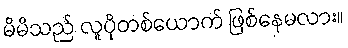
မိမိသည် လူပိုတစ်ယောက် ဖြစ်နေမလား။